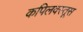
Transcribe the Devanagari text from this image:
कपिलवस्तूस